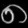
Digit: ၈